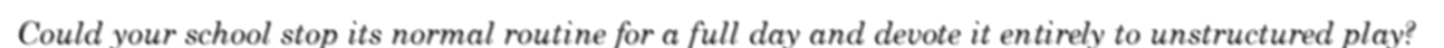
Could your school stop its normal routine for a full day and devote it entirely to unstructured play?